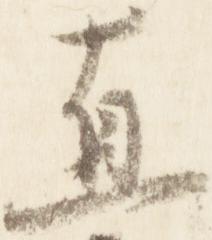
直